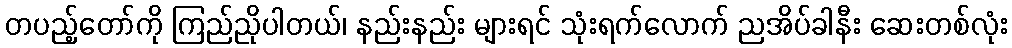
တပည့်တော်ကို ကြည်ညိုပါတယ်၊ နည်းနည်း များရင် သုံးရက်လောက် ညအိပ်ခါနီး ဆေးတစ်လုံး